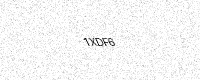
Text: 1XDF6